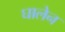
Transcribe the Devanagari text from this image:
घालेन